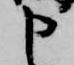
申